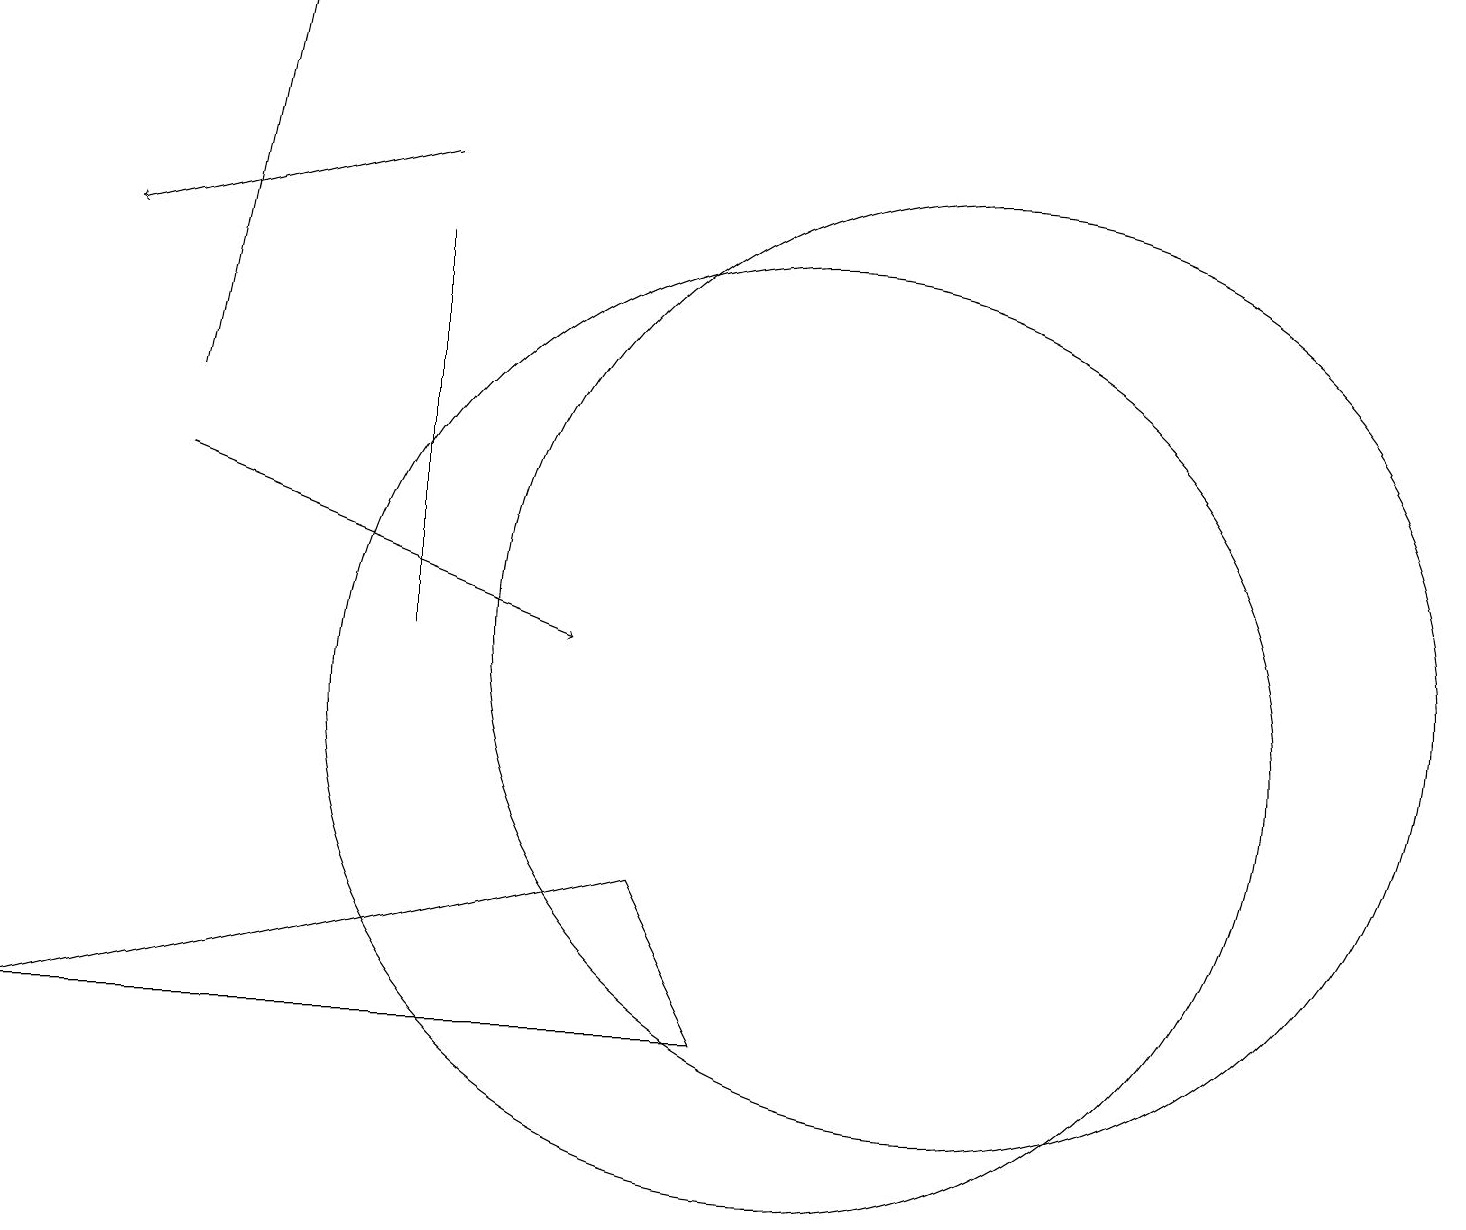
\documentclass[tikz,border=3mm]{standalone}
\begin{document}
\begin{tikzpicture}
\draw (9,6) -- (0,6) -- (8,8) -- cycle;
\draw (5,11) rectangle (5,16);
\draw[->] (2,13) -- (7,11);
\draw (12,11) circle (6);
\draw[->] (5,17) -- (1,16);
\draw (10,10) circle (6);
\draw[->] (2,14) -- (3,19);
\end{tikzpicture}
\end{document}